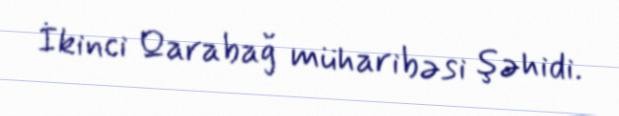
İkinci Qarabağ müharibəsi şəhidi.